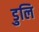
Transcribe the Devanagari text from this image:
डुलि